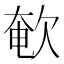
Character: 𣣚